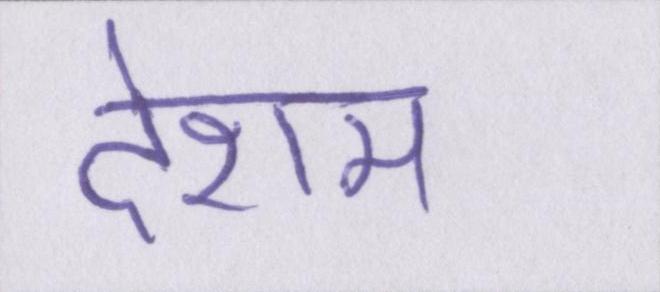
देशम